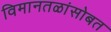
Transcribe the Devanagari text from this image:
विमानतळांसोबत